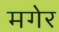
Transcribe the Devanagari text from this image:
मगेर